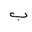
Letter: _ba